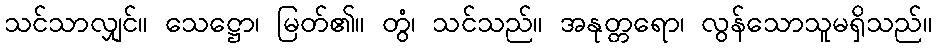
သင်သာလျှင်။ သေဋ္ဌော၊ မြတ်၏။ တွံ၊ သင်သည်။ အနုတ္တရော၊ လွန်သောသူမရှိသည်။